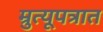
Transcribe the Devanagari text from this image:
म्रुत्यूपत्रात